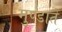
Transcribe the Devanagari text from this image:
मुण्डाते